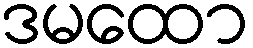
ဒမထော